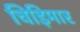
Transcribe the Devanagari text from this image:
चिड़िमार